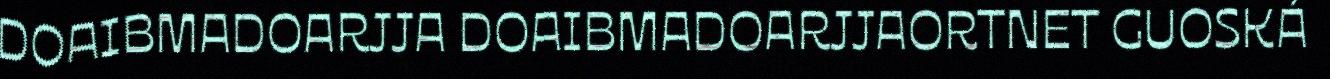
DOAIBMADOARJJA DOAIBMADOARJJAORTNET GUOSKÁ